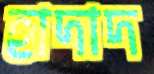
হাদাদ